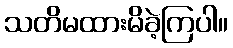
သတိမထားမိခဲ့ကြပါ။